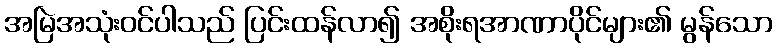
အမြဲအသုံးဝင်ပါသည် ပြင်းထန်လာ၍ အစိုးရအာဏာပိုင်များ၏ မွန်သော